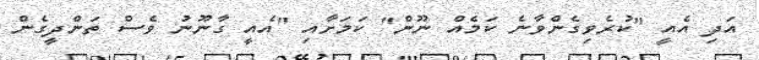
އަދި އެއީ "ކުރެވިގެންވާނެ ކަމެއް ނޫން" ކަމަށާއި "އެއީ ގާނޫނު ވެސް ތަންދީގެން